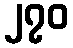
၂၇၀